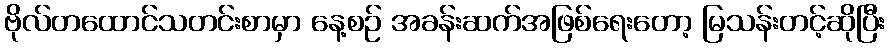
ဗိုလ်တထောင်သတင်းစာမှာ နေ့စဉ် အခန်းဆက်အဖြစ်ရေးတော့ မြသန်းတင့်ဆိုပြီး